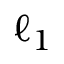
\ell _ { 1 }